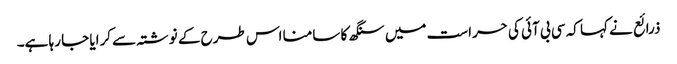
ذرائع نے کہا کہ سی بی آئی کی حراست میں سنگھ کا سامنا اس طرح کے نوشتہ سے کرایا جا رہا ہے۔